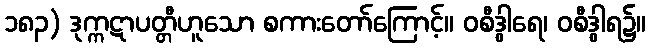
၁၈၃) ဒုက္ကဋာပတ္တီဟူသော စကားတော်ကြောင့်။ ဝစီဒွါရေ၊ ဝစီဒွါရ၌။